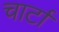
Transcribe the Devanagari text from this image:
चार्टा